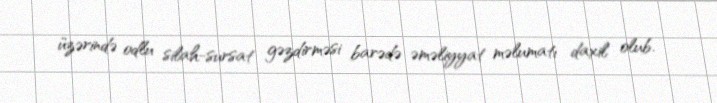
üzərində odlu silah-sursat gəzdirməsi barədə əməliyyat məlumatı daxil olub.